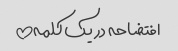
افتضاحه در یک کلمه!!